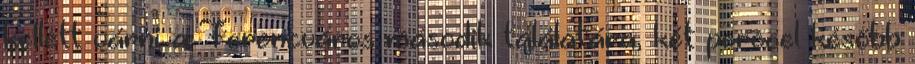
kellett várni a Ferencváros második találatára, két perccel később